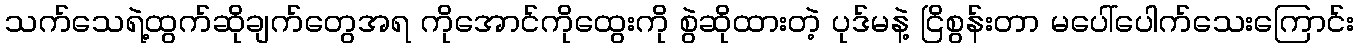
သက်သေရဲ့ထွက်ဆိုချက်တွေအရ ကိုအောင်ကိုထွေးကို စွဲဆိုထားတဲ့ ပုဒ်မနဲ့ ငြိစွန်းတာ မပေါ်ပေါက်သေးကြောင်း